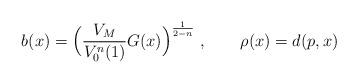
LaTeX: \begin{align*}b(x)= \Big(\frac{V_M}{V_0^n(1)}G(x)\Big)^{\frac{1}{2- n}}\ , \quad\quad\rho(x)= d(p, x)\end{align*}